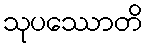
သုပဿောတိ